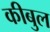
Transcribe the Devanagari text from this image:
कीबुल